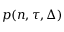
p ( n , \tau , \Delta )